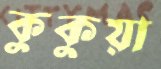
কুকুয়া